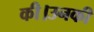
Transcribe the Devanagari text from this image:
की।उनकी